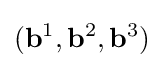
(\mathbf {b} ^{1},\mathbf {b} ^{2},\mathbf {b} ^{3})